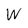
Character: W